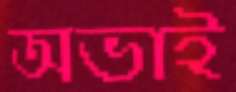
অভাই